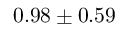
0 . 9 8 \pm 0 . 5 9